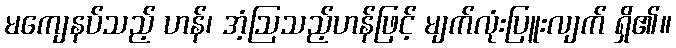
မကျေနပ်သည့် ဟန်၊ အံ့ဩသည့်ဟန်ဖြင့် မျက်လုံးပြူးလျက် ရှိ၏။